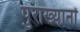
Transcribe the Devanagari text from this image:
पुराख्यानों